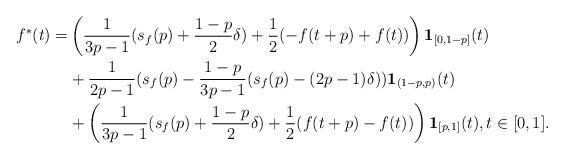
LaTeX: \begin{align*}f^*(t)=&\left(\frac{1}{3p-1}(s_{f}(p)+\frac{1-p}{2}\delta)+\frac{1}{2}(-f(t+p)+f(t))\right){\bf 1}_{[0,1-p]}(t)\\&+\frac{1}{2p-1}(s_f(p)-\frac{1-p}{3p-1}(s_{f}(p)-(2p-1)\delta)){\bf 1}_{(1-p,p)}(t)\\&+\left(\frac{1}{3p-1}(s_{f}(p)+\frac{1-p}{2}\delta)+\frac{1}{2}(f(t+p)-f(t))\right){\bf 1}_{[p,1]}(t), t\in[0,1]. \end{align*}